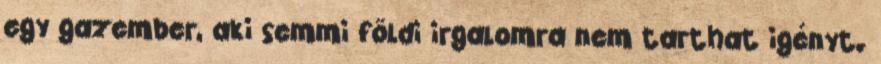
egy gazember, aki semmi földi irgalomra nem tarthat igényt.